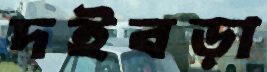
দইবড়া